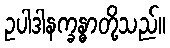
ဥပါဒါနက္ခန္ဓာတို့သည်။